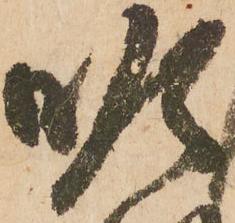
順